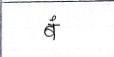
मजकूर: बं